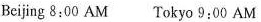
Beijing 8:00 AM Tokyo 9:00 AM